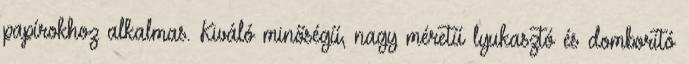
papírokhoz alkalmas. Kiváló minőségű, nagy méretű lyukasztó és domborító